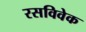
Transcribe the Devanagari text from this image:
रसविवेक